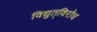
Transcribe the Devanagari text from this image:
विद्युत्‌विरोध